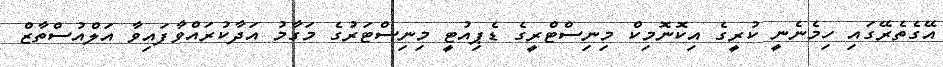
އޭގެތެރޭގައި ހިމެނެނީ ކުރީގެ އިކޮނޮމިކް މިނިސްޓްރީގެ ޑެޕިއުޓީ މިނިސްޓަރުގެ މަގާމު އަދާކުރައްވާފައިވާ އަލްއުސްތާޒް